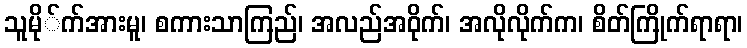
သူမို်က်အားမူ၊ စကားသာကြည်၊ အလည်အဝိုက်၊ အလိုလိုက်က၊ စိတ်ကြိုက်ရာရာ၊